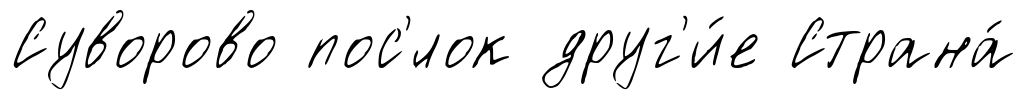
Суворово пос'́лок друг'и́е Страна́